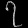
Digit: ၇